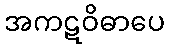
အကဋဝိဓာပေ